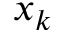
x _ { k }